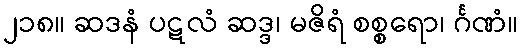
၂၁၈။ ဆဒနံ ပဋလံ ဆဒ္ဒ၊ မဇိရံ စစ္စရော၊ င်္ဂဏံ။